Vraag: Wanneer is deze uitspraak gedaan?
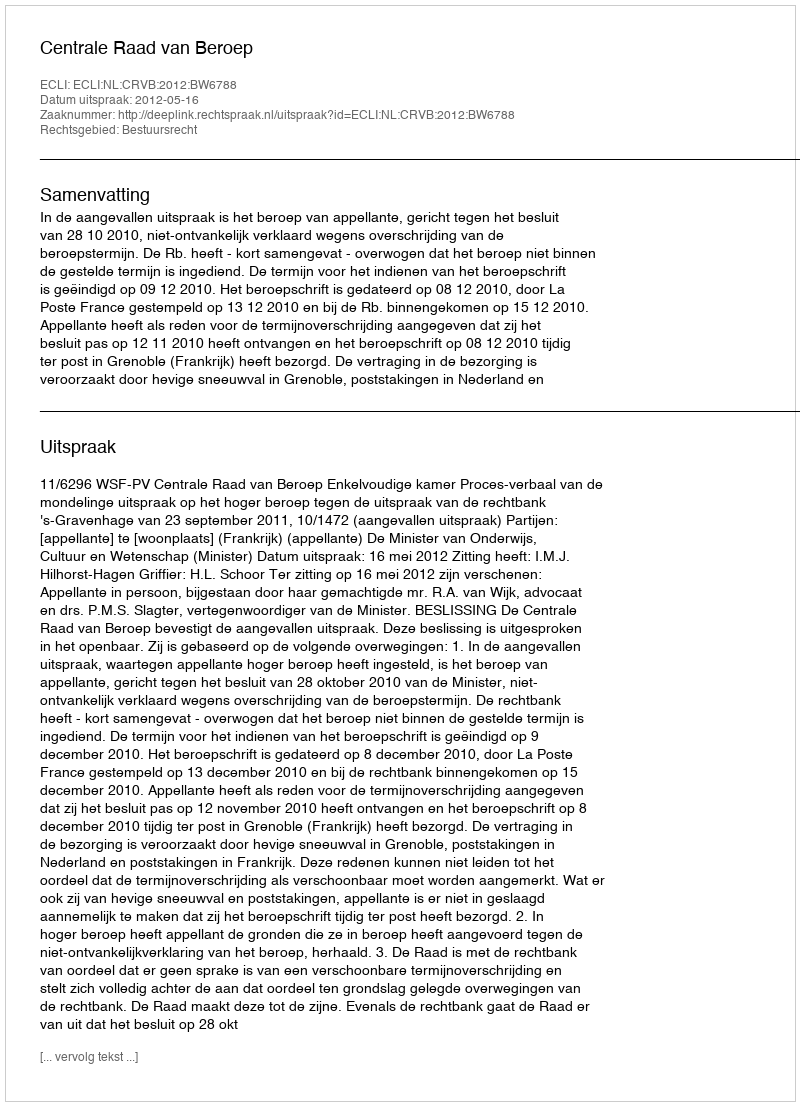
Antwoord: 2012-05-16